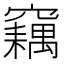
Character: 𥨱